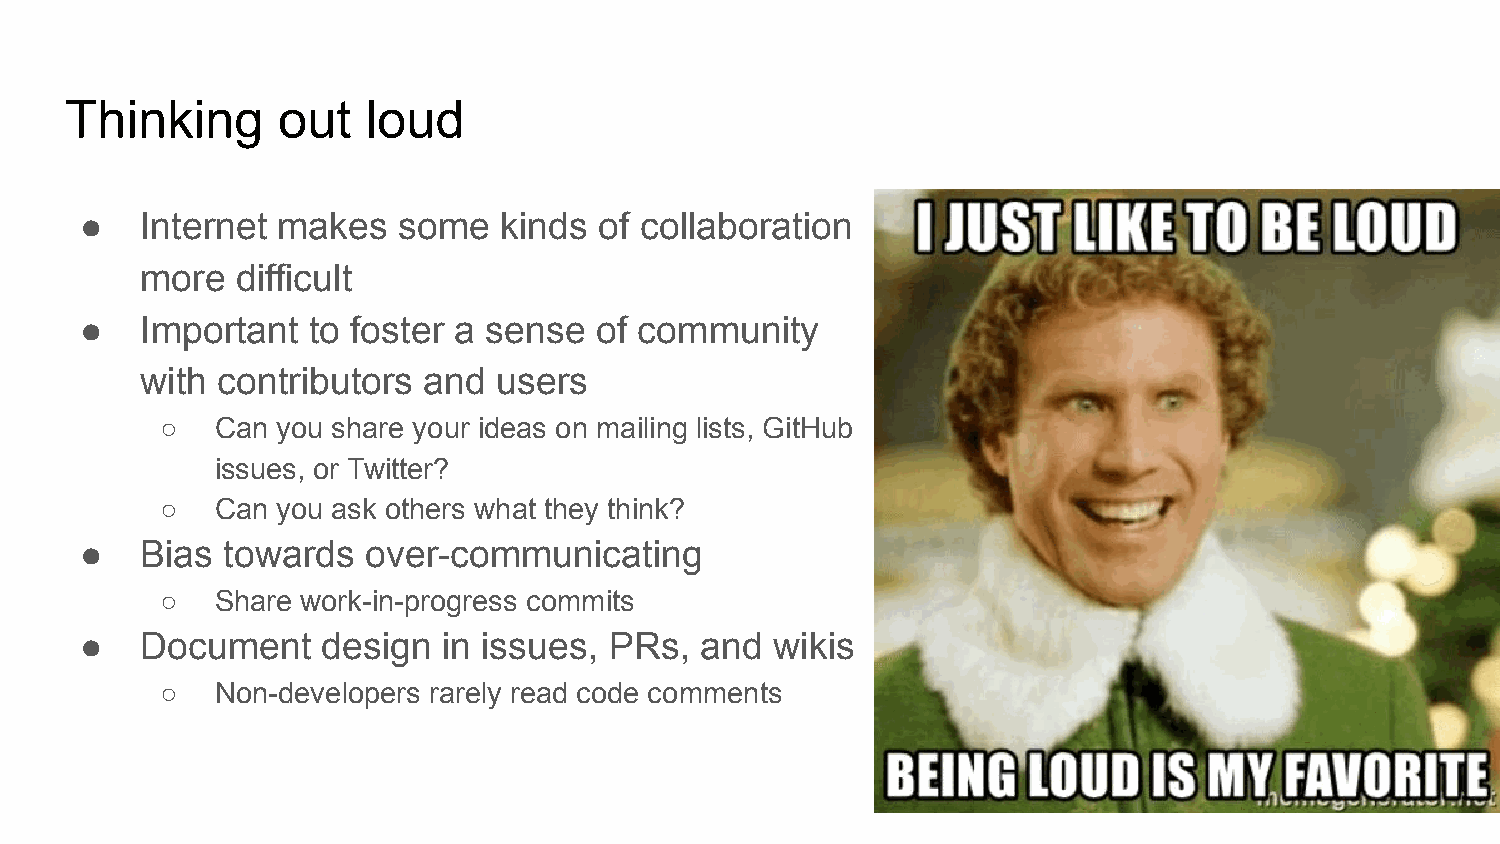
Thinking      out   loud
 ●   Internet makes   some   kinds  of collaboration
 more   difficult
 ●   Important  to foster a sense  of community
 with contributors  and  users
 ○  Can you share your ideas on mailing lists, GitHub
 issues, or Twitter?
 ○  Can you ask others what they think?
 ●   Bias  towards  over-communicating
 ○  Share work-in-progress commits
 ●   Document    design  in issues, PRs,  and  wikis
 ○  Non-developers rarely read code comments